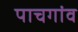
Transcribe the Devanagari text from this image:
पाचगांव